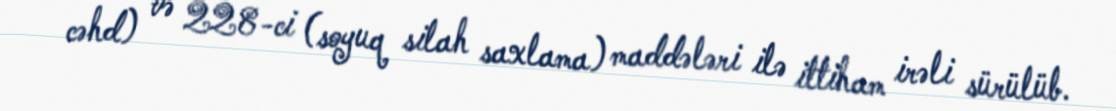
cəhd) və 228-ci (soyuq silah saxlama) maddələri ilə ittiham irəli sürülüb.